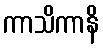
ကာသိကာနိ